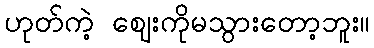
ဟုတ်ကဲ့ ဈေးကိုမသွားတော့ဘူး။